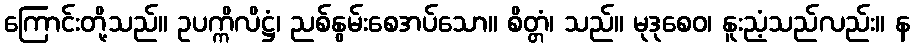
ကြောင်းတို့သည်။ ဥပက္ကိလိဋ္ဌံ၊ ညစ်နွမ်းစေအပ်သော။ စိတ္တံ၊ သည်။ မုဒုစေဝ၊ နူးညံ့သည်လည်း။ န